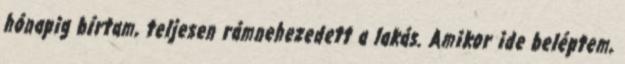
hónapig bírtam, teljesen rámnehezedett a lakás. Amikor ide beléptem,